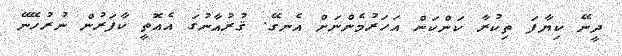
ދީނޭ ކިޔާފަ ތިކުރާ ކަންކަން އަހަރުމެންނަށް އެނގޭ. ޤުރުއާނުގަ އެއޮތީ ކާފަރުން ނުރުހޭނޭ